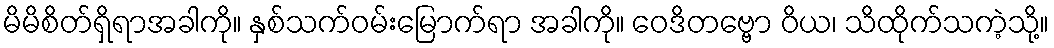
မိမိစိတ်ရှိရာအခါကို။ နှစ်သက်ဝမ်းမြောက်ရာ အခါကို။ ဝေဒိတဗ္ဗော ဝိယ၊ သိထိုက်သကဲ့သို့။